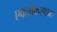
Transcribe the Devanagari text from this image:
एकत्रीकरणावर